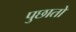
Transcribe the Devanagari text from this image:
पुछातो